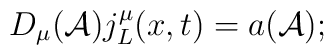
D_\mu({\cal A})j^{\mu}_L(x,t)=a({\cal A});